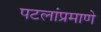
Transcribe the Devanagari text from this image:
पटलांप्रमाणे